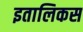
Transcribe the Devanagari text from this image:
इतालिकस